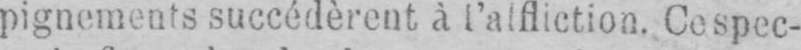
pignements succédèrent à l’alfliction, Ce spec-